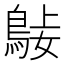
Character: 𪀺